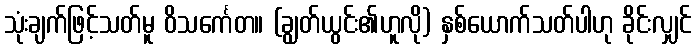
သုံးချက်ဖြင့်သတ်မူ ဝိသင်္ကေတ။ (ချွတ်ယွင်း၏ဟူလို) နှစ်ယောက်သတ်ပါဟု ခိုင်းလျှင်